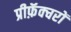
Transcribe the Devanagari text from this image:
प्रीफ़ॅक्चरों